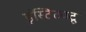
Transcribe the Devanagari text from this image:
इंस्टिट्यटू